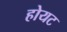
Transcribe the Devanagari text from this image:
होयट